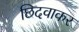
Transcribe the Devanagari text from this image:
छिदवाकर